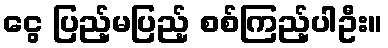
ငွေ ပြည့်မပြည့် စစ်ကြည့်ပါဦး။